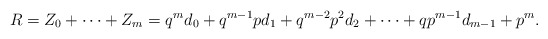
\begin{align*}R=Z_{0}+\cdots+Z_{m}=q^{m}d_{0}+q^{m-1}pd_{1}+q^{m-2}p^{2}d_{2}+\cdots+qp^{m-1}d_{m-1}+p^{m}.\end{align*}